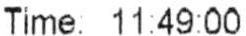
TIME: 11:49:00